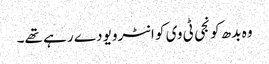
وہ بدھ کو نجی ٹی وی کو انٹرویو دے رہے تھے۔